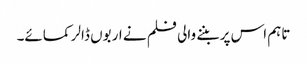
تاہم اس پر بننے والی فلم نے اربوں ڈالر کمائے۔